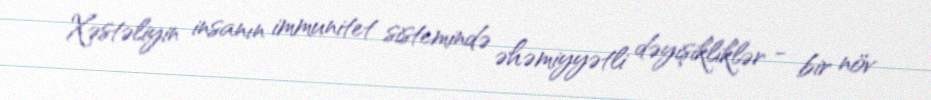
Xəstəliyin insanın immunitet sistemində əhəmiyyətli dəyişikliklər - bir növ